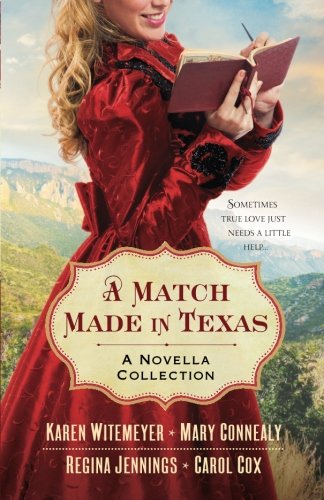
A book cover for A Match Made in Texas: A Novella Collection; Mary Connealy; Romance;